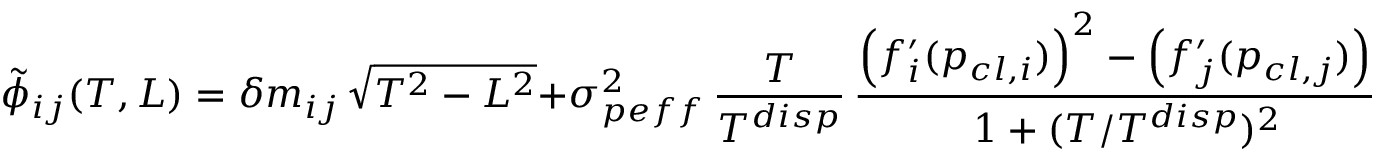
\tilde { \phi } _ { i j } ( T , L ) = \delta m _ { i j } \, \sqrt { T ^ { 2 } - L ^ { 2 } } + \sigma _ { p e f f } ^ { 2 } \, \frac { T } { T ^ { d i s p } } \, \frac { \Big ( f _ { i } ^ { \prime } ( p _ { c l , i } ) \Big ) ^ { 2 } - \left( f _ { j } ^ { \prime } ( p _ { c l , j } ) \right) ^ { 2 } } { 1 + ( T / T ^ { d i s p } ) ^ { 2 } } \, ,